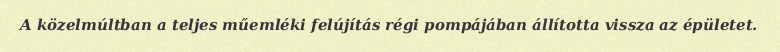
A közelmúltban a teljes műemléki felújítás régi pompájában állította vissza az épületet.